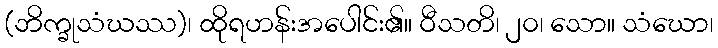
(ဘိက္ခုသံဃဿ)၊ ထိုရဟန်းအပေါင်း၏။ ဝီသတိ၊ ၂၀၊ သော။ သံဃော၊